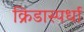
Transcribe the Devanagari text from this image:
क्रिडास्पर्धा